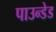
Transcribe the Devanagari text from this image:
पाउन्डेड